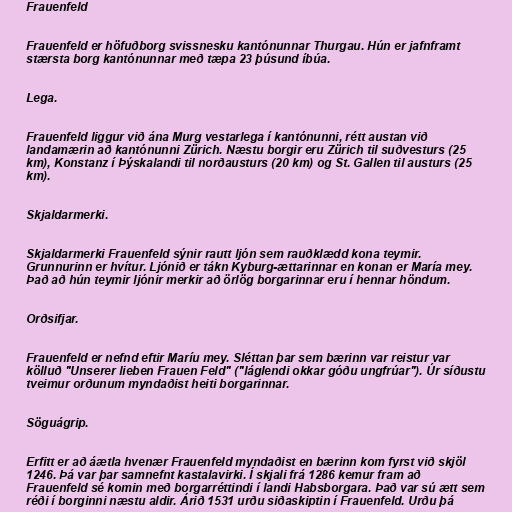
Frauenfeld

Frauenfeld er höfuðborg svissnesku kantónunnar Thurgau. Hún er jafnframt
stærsta borg kantónunnar með tæpa 23 þúsund íbúa.

Lega.

Frauenfeld liggur við ána Murg vestarlega í kantónunni, rétt austan við
landamærin að kantónunni Zürich. Næstu borgir eru Zürich til suðvesturs (25
km), Konstanz í Þýskalandi til norðausturs (20 km) og St. Gallen til austurs (25
km).

Skjaldarmerki.

Skjaldarmerki Frauenfeld sýnir rautt ljón sem rauðklædd kona teymir.
Grunnurinn er hvítur. Ljónið er tákn Kyburg-ættarinnar en konan er María mey.
Það að hún teymir ljónir merkir að örlög borgarinnar eru í hennar höndum.

Orðsifjar.

Frauenfeld er nefnd eftir Maríu mey. Sléttan þar sem bærinn var reistur var
kölluð "Unserer lieben Frauen Feld" ("láglendi okkar góðu ungfrúar"). Úr síðustu
tveimur orðunum myndaðist heiti borgarinnar.

Söguágrip.

Erfitt er að áætla hvenær Frauenfeld myndaðist en bærinn kom fyrst við skjöl
1246. Þá var þar samnefnt kastalavirki. Í skjali frá 1286 kemur fram að
Frauenfeld sé komin með borgarréttindi í landi Habsborgara. Það var sú ætt sem
réði í borginni næstu aldir. Árið 1531 urðu siðaskiptin í Frauenfeld. Urðu þá